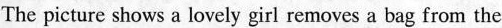
The picture shows a lovely girl removes a bag from the